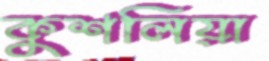
কুশলিয়া